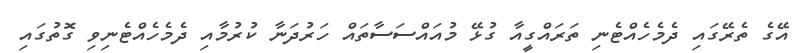
އޭގެ ތެރޭގައި ދެމެހެއްޓެނި ތަރައްގީއާ ގުޅޭ މުއައްސަސާތައް ހަރުދަނާ ކުރުމާއި ދެމެހެއްޓެނިވި ގޮތުގައި